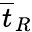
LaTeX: \overline{{t}}_{R}